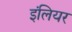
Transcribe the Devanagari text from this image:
इंलियर